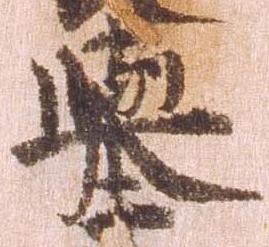
挙